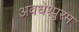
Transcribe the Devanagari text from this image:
अवधेश्पुरम